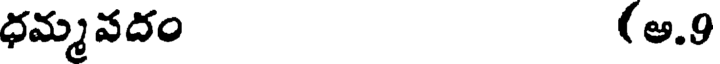
ధమ్మవదం (అ.9